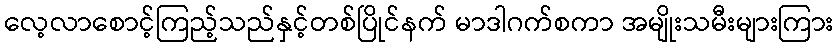
လေ့လာစောင့်ကြည့်သည်နှင့်တစ်ပြိုင်နက် မာဒါဂက်စကာ အမျိုးသမီးများကြား